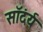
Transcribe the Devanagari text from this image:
सॉदंर्य